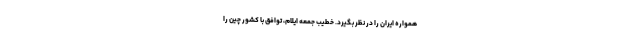
همواره ایران را در نظر بگیرد. خطیب جمعه ایلام، توافق با کشور چین را